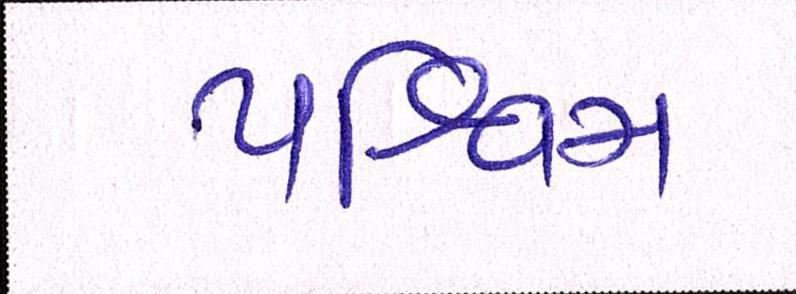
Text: પશ્ચિમ